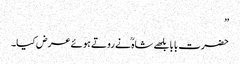
”
حضرت بابا بلھے شاہ ؒ نے روتے ہوئے عرض کیا۔